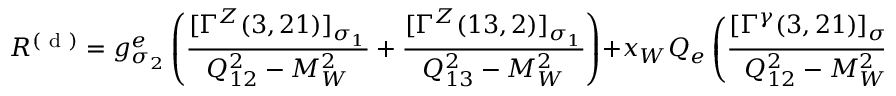
{ \cal R } ^ { ( \mathrm { ~ d ~ } ) } = g _ { \sigma _ { 2 } } ^ { e } \left( \frac { [ \Gamma ^ { Z } ( 3 , 2 1 ) ] _ { \sigma _ { 1 } } } { Q _ { 1 2 } ^ { 2 } - M _ { W } ^ { 2 } } + \frac { [ \Gamma ^ { Z } ( 1 3 , 2 ) ] _ { \sigma _ { 1 } } } { Q _ { 1 3 } ^ { 2 } - M _ { W } ^ { 2 } } \right) + x _ { W } Q _ { e } \left( \frac { [ \Gamma ^ { \gamma } ( 3 , 2 1 ) ] _ { \sigma _ { 1 } } } { Q _ { 1 2 } ^ { 2 } - M _ { W } ^ { 2 } } + \frac { [ \Gamma ^ { \gamma } ( 1 3 , 2 ) ] _ { \sigma _ { 1 } } } { Q _ { 1 3 } ^ { 2 } - M _ { W } ^ { 2 } } \right) \; .